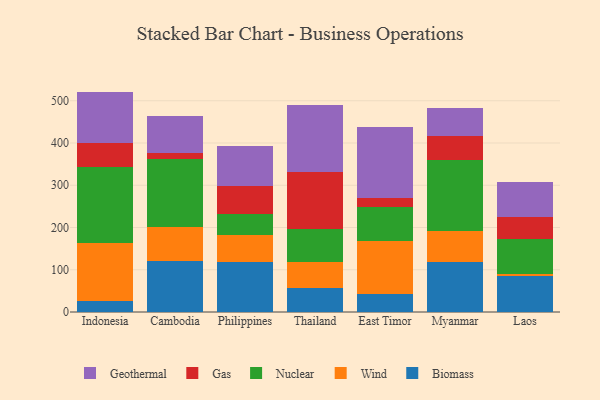
{"axis": {"x": "Country", "y": "Demand Index"}, "legend": ["Biomass", "Gas", "Geothermal", "Nuclear", "Wind"], "data": [{"x": "Indonesia", "y": 25.2, "type": "Biomass"}, {"x": "Indonesia", "y": 138.3, "type": "Wind"}, {"x": "Indonesia", "y": 179.3, "type": "Nuclear"}, {"x": "Indonesia", "y": 57.4, "type": "Gas"}, {"x": "Indonesia", "y": 121.5, "type": "Geothermal"}, {"x": "Cambodia", "y": 120.1, "type": "Biomass"}, {"x": "Cambodia", "y": 80.7, "type": "Wind"}, {"x": "Cambodia", "y": 161.6, "type": "Nuclear"}, {"x": "Cambodia", "y": 13.0, "type": "Gas"}, {"x": "Cambodia", "y": 87.6, "type": "Geothermal"}, {"x": "Philippines", "y": 119.5, "type": "Biomass"}, {"x": "Philippines", "y": 62.0, "type": "Wind"}, {"x": "Philippines", "y": 51.0, "type": "Nuclear"}, {"x": "Philippines", "y": 65.0, "type": "Gas"}, {"x": "Philippines", "y": 94.9, "type": "Geothermal"}, {"x": "Thailand", "y": 57.9, "type": "Biomass"}, {"x": "Thailand", "y": 60.1, "type": "Wind"}, {"x": "Thailand", "y": 78.5, "type": "Nuclear"}, {"x": "Thailand", "y": 135.6, "type": "Gas"}, {"x": "Thailand", "y": 158.2, "type": "Geothermal"}, {"x": "East Timor", "y": 42.0, "type": "Biomass"}, {"x": "East Timor", "y": 125.8, "type": "Wind"}, {"x": "East Timor", "y": 80.6, "type": "Nuclear"}, {"x": "East Timor", "y": 22.2, "type": "Gas"}, {"x": "East Timor", "y": 167.3, "type": "Geothermal"}, {"x": "Myanmar", "y": 117.7, "type": "Biomass"}, {"x": "Myanmar", "y": 74.6, "type": "Wind"}, {"x": "Myanmar", "y": 168.3, "type": "Nuclear"}, {"x": "Myanmar", "y": 56.1, "type": "Gas"}, {"x": "Myanmar", "y": 66.1, "type": "Geothermal"}, {"x": "Laos", "y": 84.8, "type": "Biomass"}, {"x": "Laos", "y": 6.1, "type": "Wind"}, {"x": "Laos", "y": 81.2, "type": "Nuclear"}, {"x": "Laos", "y": 52.7, "type": "Gas"}, {"x": "Laos", "y": 82.7, "type": "Geothermal"}]}